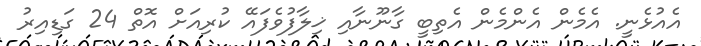
އެއުޅެނީ. އެމެން އެންމެން އެތިބީ ގާނޫނާއި ޚިލާފުވެފައޭ ކުރިއަށް އޮތް 24 ގަޑިއިރު